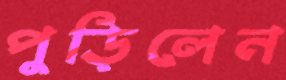
পুড়িলেন